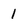
Character: 1